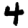
Digit: 4